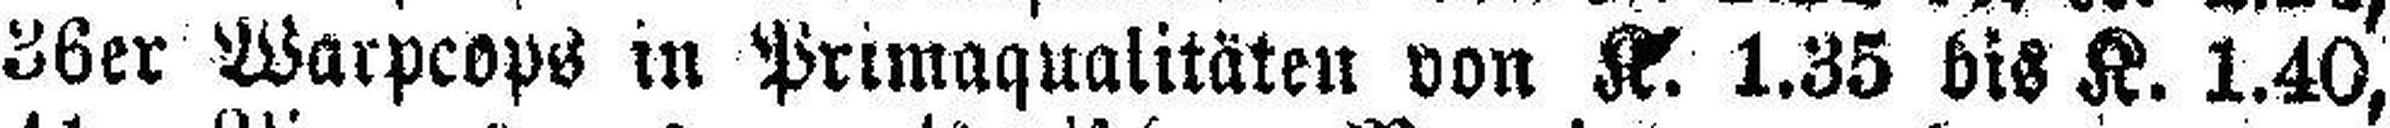
36er Warpcops in Primaqualitäten von K. 1.35 bis K. 1.40,